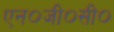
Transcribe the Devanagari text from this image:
एन०जी०सी०